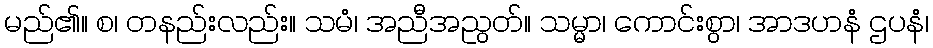
မည်၏။ စ၊ တနည်းလည်း။ သမံ၊ အညီအညွတ်။ သမ္မာ၊ ကောင်းစွာ၊ အာဒဟနံ ဌပနံ၊